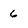
Character: 6